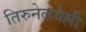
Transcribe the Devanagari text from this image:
तिरुनेलवेल्ली